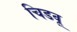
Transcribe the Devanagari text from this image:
चिडवू